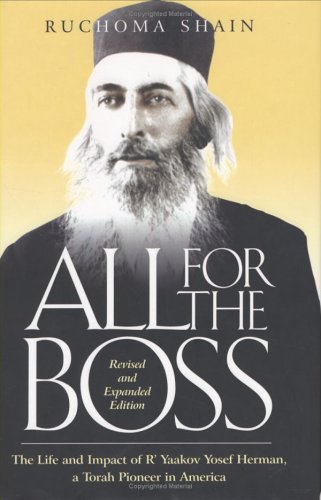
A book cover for All for the Boss; Ruchoma Shain; Religion & Spirituality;